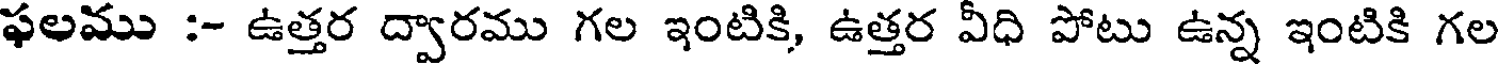
ఫలము :- ఉత్తర ద్వారము గల ఇంటికి, ఉత్తర వీధి పోటు ఉన్న ఇంటికి గల